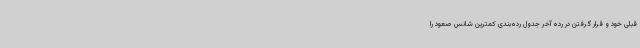
قبلی خود و قرار گرفتن در رده آخر جدول رده‌بندی کمترین شانس صعود را